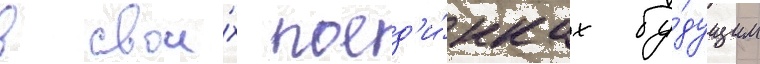
в свои́х поед'и́нках бу́дущим